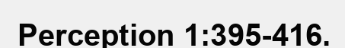
Perception 1:395-416.